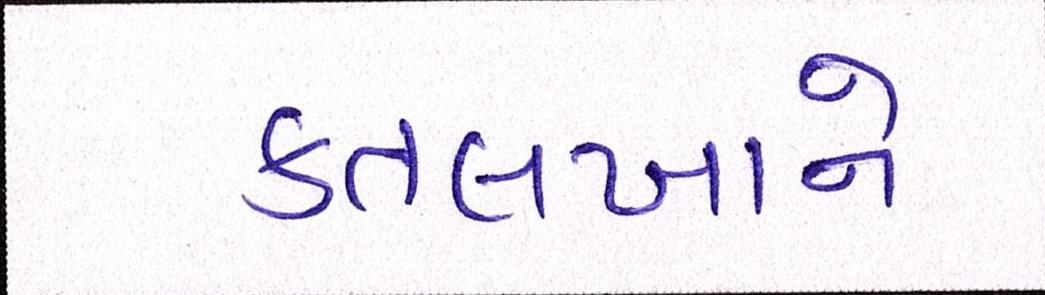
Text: કતલખાને